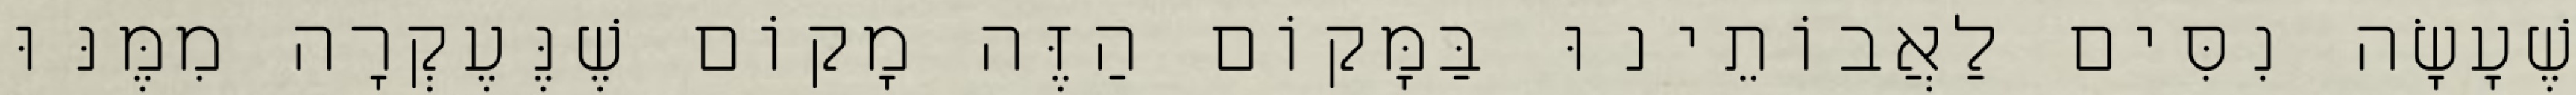
שֶׁעָשָׂה נִסִּים לַאֲבוֹתֵינוּ בַּמָּקוֹם הַזֶּה מָקוֹם שֶׁנֶּעֶקְרָה מִמֶּנּוּ